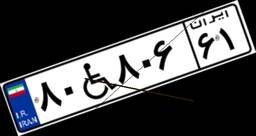
۲۶W۴۸۱۵۰